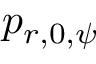
p _ { r , 0 , \psi }